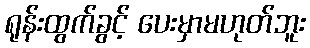
ရုန်းထွက်ခွင့် ပေးမှာမဟုတ်ဘူး